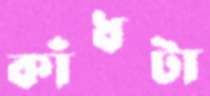
কাঁধটা